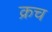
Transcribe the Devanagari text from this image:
क्रच